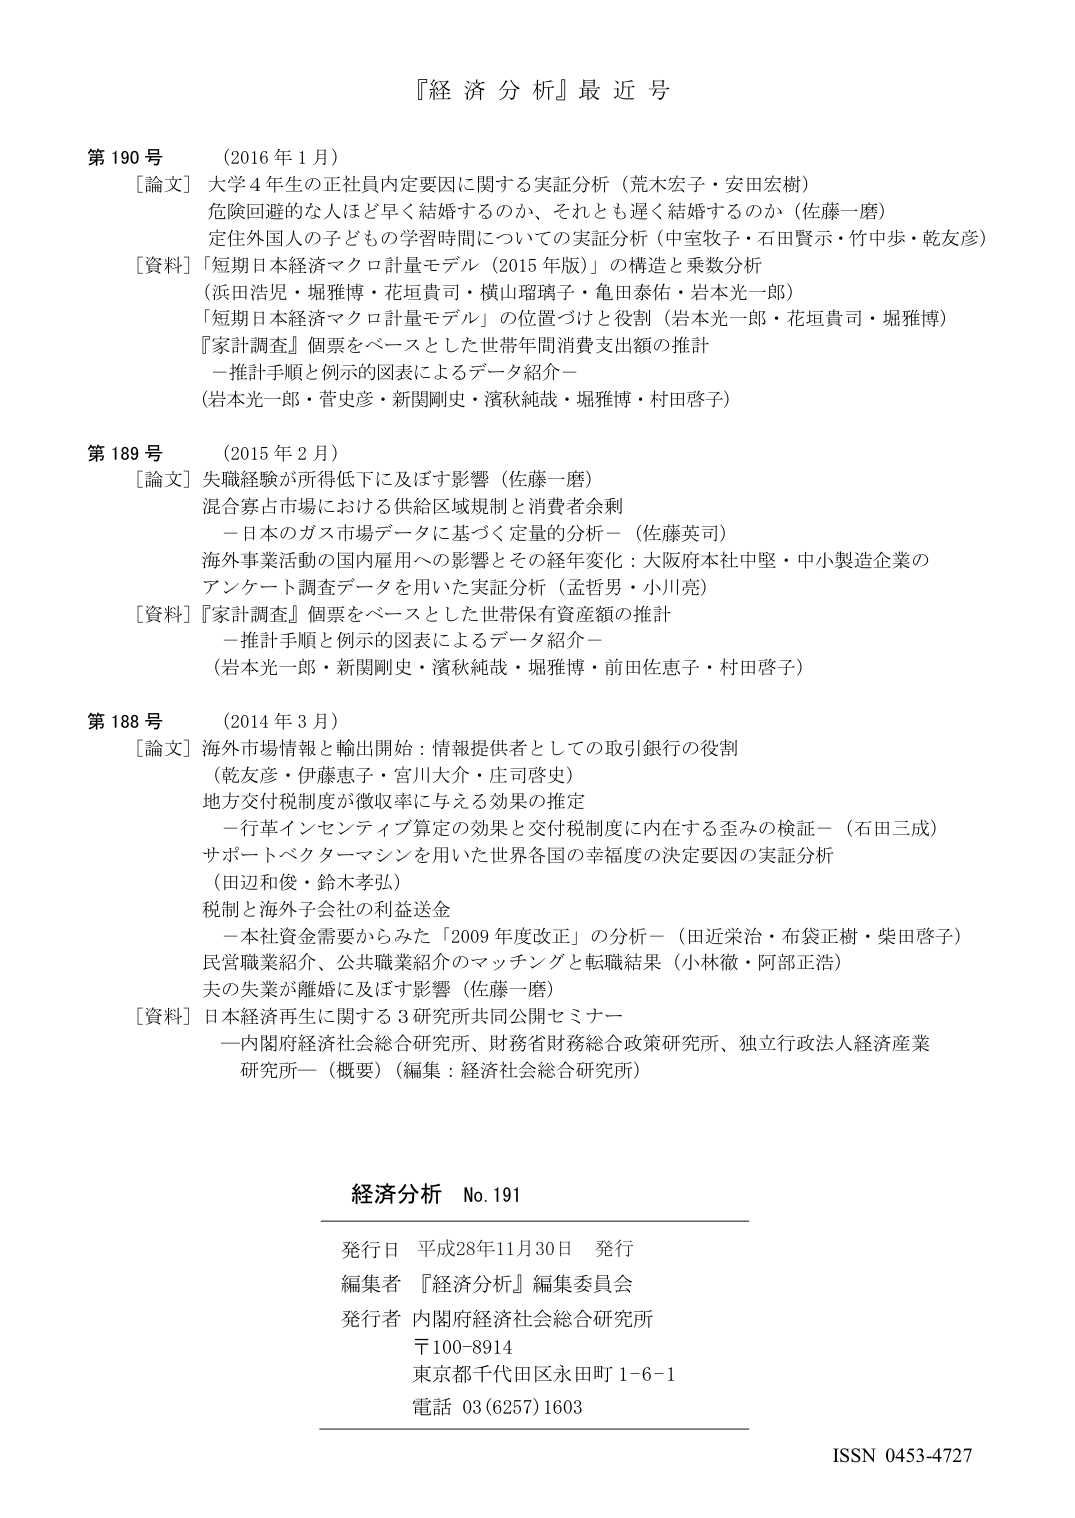
『経済分析』最近号

第190号 （2016年1月）
［論文］大学4年生の正社員内定要因に関する実証分析（荒木宏子・安田宏樹）
危険回避的な人はほど早く結婚するのか、それとも遅く結婚するのか（佐藤一磨）
定住外国人の子どもの学習時間についての実証分析（中室牧子・石田賢示・竹中歩・乾友彦）
［資料］「短期日本経済マクロ計量モデル（2015年版）」の構造と乗数分析
（浜田浩児・堀雅博・花垣貴司・横山瑠璃子・亀田泰佑・岩本光一郎）
「短期日本経済マクロ計量モデル」の位置づけと役割（岩本光一郎・花垣貴司・堀雅博）
『家計調査』個票をベースとした世帯年間消費支出額の推計
－推計手順と例示的図表によるデータ紹介－
（岩本光一郎・菅史彦・新関剛史・濱秋純哉・堀雅博・村田啓子）

第189号 （2015年2月）
［論文］失職経験が所得低下に及ぼす影響（佐藤一磨）
混合寡占市場における供給区域規制と消費者余剰
－日本のガス市場データに基づく定量的分析－（佐藤英司）
海外事業活動の国内雇用への影響とその経年変化：大阪府本社中堅・中小製造企業の
アンケート調査データを用いた実証分析（孟哲男・小川亮）
［資料］『家計調査』個票をベースとした世帯保有資産額の推計
－推計手順と例示的図表によるデータ紹介－
（岩本光一郎・新関剛史・濱秋純哉・堀雅博・前田佐恵子・村田啓子）

第188号 （2014年3月）
［論文］海外市場情報と輸出開始：情報提供者としての取引銀行の役割
（乾友彦・伊藤恵子・宮川大介・庄司啓之）
地方交付税制度が徴収率に与える効果の推定
－行革インセンティブ算定の効果と交付税制度に内在する歪みの検証－（石田三成）
サポートベクターマシンを用いた世界各国の幸福度の決定要因の実証分析
（田辺和俊・鈴木孝弘）
税制と海外子会社の利益送金
－本社資金需要からみた「2009年度改正」の分析－（田近栄治・布袋正樹・柴田啓子）
民営職業紹介、公共職業紹介のマッチングと転職結果（小林徹・阿部正浩）
夫の失業が離婚に及ぼす影響（佐藤一磨）
［資料］日本経済再生に関する3研究所共同公開セミナー
－内閣府経済社会総合研究所、財務省財務総合政策研究所、独立行政法人経済産業
研究所－（概要）（編集：経済社会総合研究所）

経済分析 No.191

発行日 平成28年11月30日 発行
編集者 『経済分析』編集委員会
発行者 内閣府経済社会総合研究所
〒100-8914
東京都千代田区永田町1-6-1
電話 03(6257)1603

ISSN 0453-4727